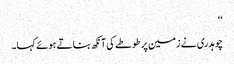
‘‘
چوہدری نے زمین پر طوطے کی آنکھ بناتے ہوئے کہا۔